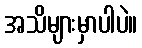
အသိများမှာပါပဲ။